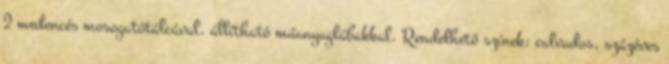
2 medencés mosogatótálcával, állítható műanyaglábakkal. Rendelhető színek: calvados, százéves